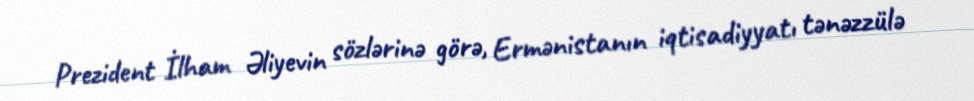
Prezident İlham Əliyevin sözlərinə görə, Ermənistanın iqtisadiyyatı tənəzzülə